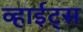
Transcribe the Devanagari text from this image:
व्हाईट्स